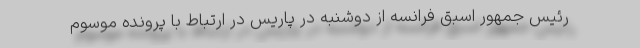
رئیس جمهور اسبق فرانسه از دوشنبه در پاریس در ارتباط با پرونده موسوم